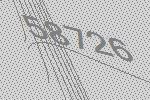
58726